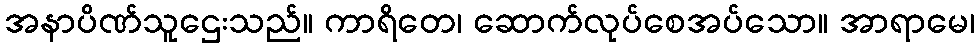
အနာပိဏ်သူဌေးသည်။ ကာရိတေ၊ ဆောက်လုပ်စေအပ်သော။ အာရာမေ၊